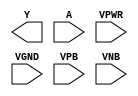
module sky130_fd_sc_ls__clkdlyinv3sd3 (
    Y   ,
    A   ,
    VPWR,
    VGND,
    VPB ,
    VNB
);

    output Y   ;
    input  A   ;
    input  VPWR;
    input  VGND;
    input  VPB ;
    input  VNB ;
endmodule